system: You are a helpful assistant.
user:
Analyze the provided spectrum to determine if it is a **"Cataclysmic Variables (CV)"**.

- **Key Indicators for CV (Check for either state):**
    - **State 1: Quiescent / Low-State (Emission-Dominated)**
        - **(Primary):** Strong and *very broad* Hydrogen Balmer emission lines (e.g., $H\alpha$ at 6563 Å, $H\beta$ at 4861 Å). The 'broadness' (high velocity dispersion, often FWHM > 1000 km/s) is the key diagnostic, indicating a high-velocity accretion disk.
        - **(Secondary):** Broad neutral Helium (He I) emission lines (e.g., 5876 Å, 6678 Å).
        - **(Key Confirmation):** Presence of high-excitation *ionized* Helium (He II) emission at 4686 Å. This is a strong indicator of accretion onto a white dwarf.
        - **(Line Profile):** Emission lines may exhibit a 'double-peaked' profile, which is a classic signature of a rotating accretion disk viewed at high inclination.

    - **State 2: Outburst / High-State (Absorption-Dominated)**
        - **(Primary):** Spectrum is dominated by a bright, blue continuum (looks like a hot star).
        - **(Secondary):** The emission lines from State 1 are weak, absent, or 'filled in', and are replaced by broad, shallow *absorption* lines (primarily Balmer and He I).
        - **(Morphology):** The overall spectrum mimics a hot B/A-type star. The crucial difference is that the absorption lines are significantly broader, shallower, and more 'washed-out' (or 'smeared') than the sharp lines of a normal stellar photosphere, due to high rotational speeds and pressure broadening in the disk.

Think first, call **spectral_visualization_tool** if needed to examine features in detail, then provide your final answer. Your response must adhere to the following strict rules:
1.  **Overall Structure:** Your response must follow the format `<think>...</think> <tool_call>...</tool_call> (if a tool is used) <answer>...</answer>`.
2.  **Tool Usage Constraint:** You may only make **one** tool call per turn.
3.  **Final Answer Format:** In the `<answer>` tag, your conclusion must be inside a `\boxed{}` command (e.g., `\boxed{YES}`), followed by your justification.

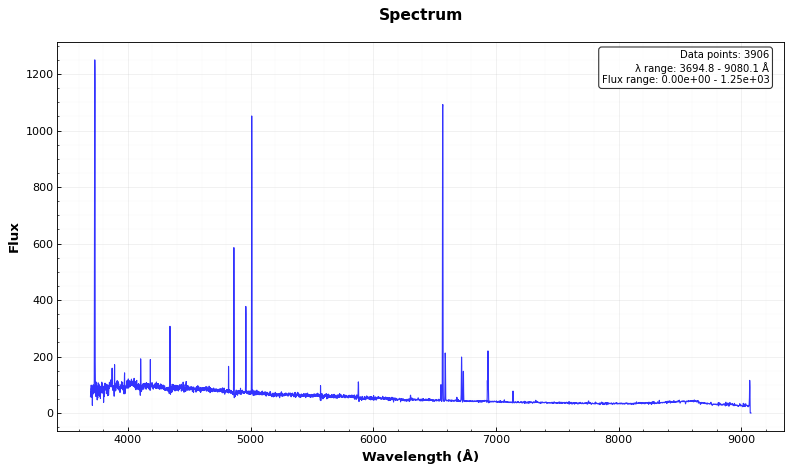
Answer: NO